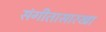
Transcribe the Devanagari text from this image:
संगीतासारखा